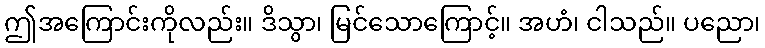
ဤအကြောင်းကိုလည်း။ ဒိသွာ၊ မြင်သောကြောင့်။ အဟံ၊ ငါသည်။ ပညော၊